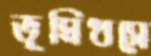
ভূমিধসে